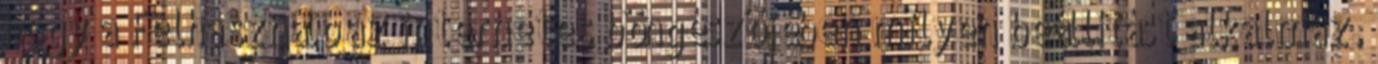
hogy a Felhasználó az internetes böngészőjében milyen beállítást alkalmaz.